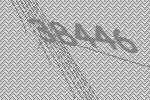
38446